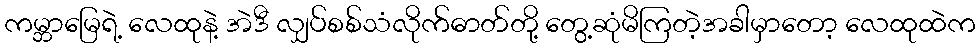
ကမ္ဘာမြေရဲ့ လေထုနဲ့ အဲဒီ လျှပ်စစ်သံလိုက်ဓာတ်တို့ တွေ့ဆုံမိကြတဲ့အခါမှာတော့ လေထုထဲက